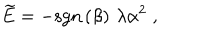
\widetilde { E } = - \mathrm { s g n } \left( \beta \right) \, \lambda \alpha ^ { 2 } \; ,